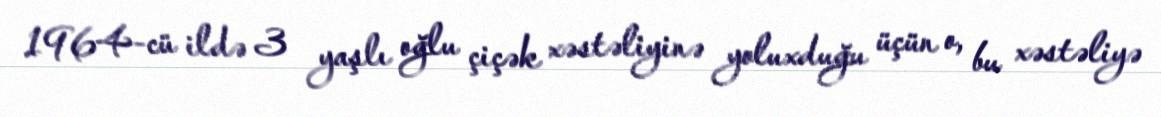
1964-cü ildə 3 yaşlı oğlu çiçək xəstəliyinə yoluxduğu üçün o, bu xəstəliyə